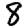
Digit: 8